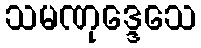
သမဏုဒ္ဒေသေ